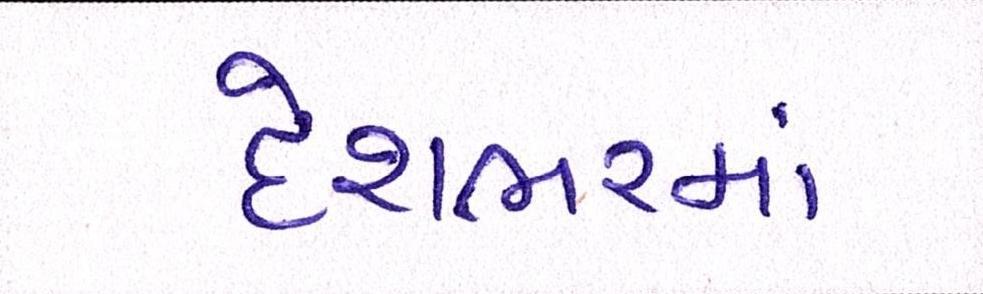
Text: દેશભરમાં